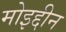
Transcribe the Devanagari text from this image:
मोइद्दीन